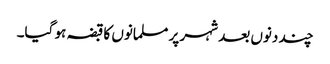
چند دنوں بعد شہر پر مسلمانوں کا قبضہ ہو گیا۔